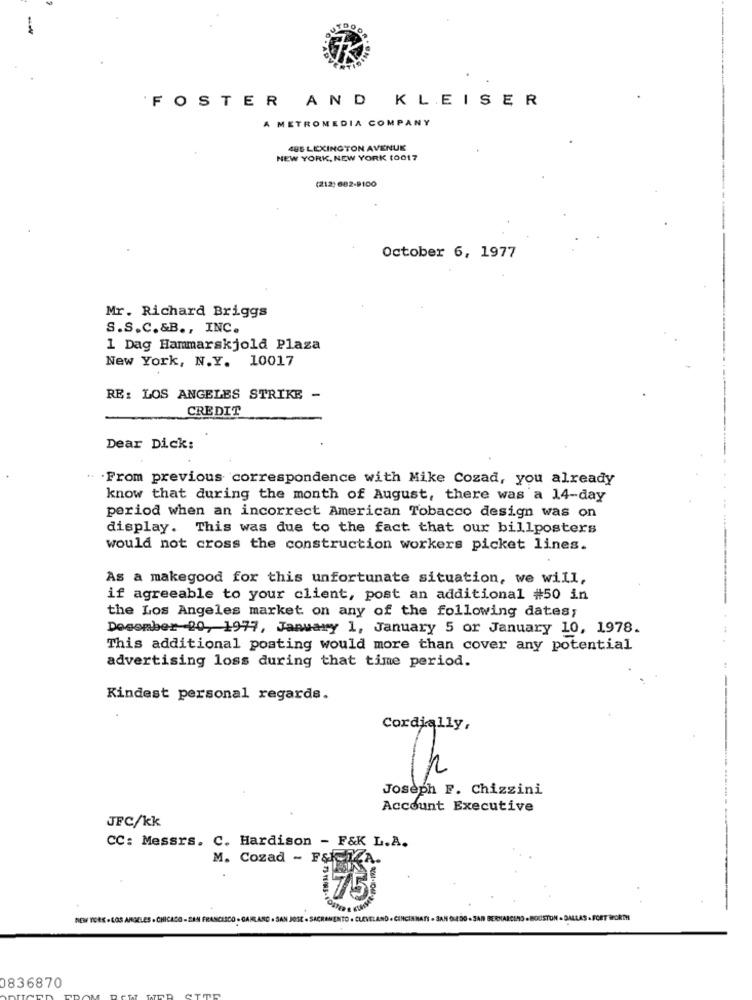
'FOSTER AND KLEISER
A METROMEDIA COMPANY
486 LEXINGTON AVENUE
NEW YORK, NEW YORK 10017
(212) 682-9100
October 6, 1977
Mr. Richard Briggs
S.S.C.&B ., INC.
1 Dag Hammarskjold Plaza
New York, N.Y. 10017
RE: LOS ANGELES STRIKE -
CREDIT
Dear Dick:
. . From previous correspondence with Mike Cozad, you already
know that during the month of August, there was a 14-day
period when an incorrect American Tobacco design was on
display. This was due to the fact that our billposters
would not cross the construction workers picket lines.
As a makegood for this unfortunate situation, we will,
if agreeable to your client, post an additional #50 in
the Los Angeles market on any of the following dates;
Dosomber-20, 1977, January 1, January 5 or January 10, 1978.
This additional posting would more than cover any potential
advertising loss during that time period.
Kindest personal regards.
Cordially,
Joseph F. Chizzini
Account Executive
JFC/kk
CC: Messrs. C. Hardison - F&K L.A.
M. Cozad - F&KIZA.
75
NEW YORK-LOS ANGELES . CHICACO - SAN FRANCISCO - GARLAND . SAN JOSE - SACI
SAN 6:430 - 3AN BERNARCIAO - HOUSTON . DALLAS - FORT WORTH
836870